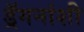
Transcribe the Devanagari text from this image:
ड्रॅगनांशी